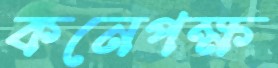
কনেপক্ষ